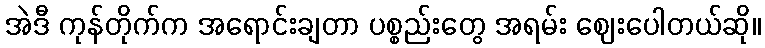
အဲဒီ ကုန်တိုက်က အရောင်းချတာ ပစ္စည်းတွေ အရမ်း ဈေးပေါတယ်ဆို။